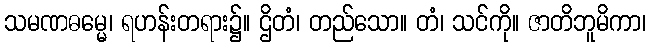
သမဏဓမ္မေ၊ ရဟန်းတရား၌။ ဌိတံ၊ တည်သော။ တံ၊ သင်ကို။ ဇာတိဘူမိကာ၊